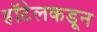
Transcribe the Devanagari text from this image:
हॉटेलकडून